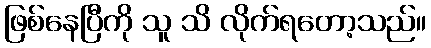
ဖြစ်နေပြီကို သူ သိ လိုက်ရတော့သည်။